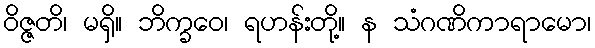
ဝိဇ္ဇတိ၊ မရှိ။ ဘိက္ခဝေ၊ ရဟန်းတို့။ န သံဂဏိကာရာမော၊